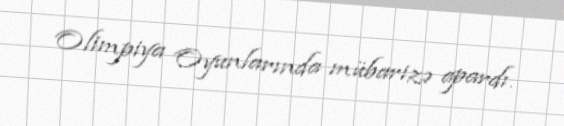
Olimpiya Oyunlarında mübarizə apardı.